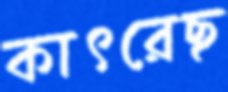
কাৎরেছ